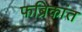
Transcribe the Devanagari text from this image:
फब्रिकांत